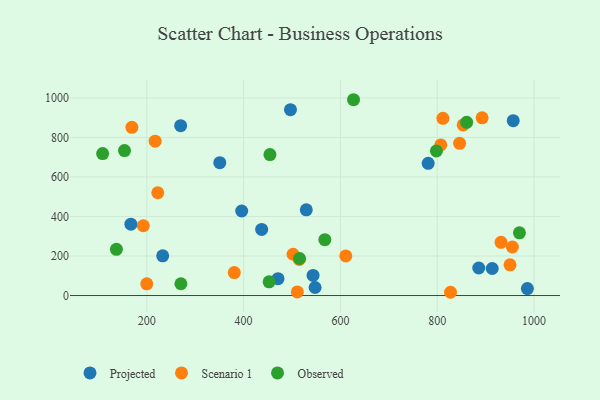
{"axis": {"x": "Speed", "y": "Demand"}, "legend": ["Observed", "Projected", "Scenario 1"], "data": [{"x": "232.9", "y": 200.9, "type": "Projected"}, {"x": "986.2", "y": 35.1, "type": "Projected"}, {"x": "350.8", "y": 672.4, "type": "Projected"}, {"x": "913.6", "y": 136.8, "type": "Projected"}, {"x": "270.0", "y": 859.5, "type": "Projected"}, {"x": "957.0", "y": 885.0, "type": "Projected"}, {"x": "496.8", "y": 940.4, "type": "Projected"}, {"x": "547.7", "y": 40.6, "type": "Projected"}, {"x": "167.2", "y": 361.1, "type": "Projected"}, {"x": "437.3", "y": 334.7, "type": "Projected"}, {"x": "471.1", "y": 85.3, "type": "Projected"}, {"x": "396.1", "y": 427.6, "type": "Projected"}, {"x": "781.3", "y": 668.7, "type": "Projected"}, {"x": "543.5", "y": 101.6, "type": "Projected"}, {"x": "529.5", "y": 433.4, "type": "Projected"}, {"x": "885.8", "y": 139.2, "type": "Projected"}, {"x": "955.2", "y": 245.4, "type": "Scenario 1"}, {"x": "950.4", "y": 155.1, "type": "Scenario 1"}, {"x": "515.0", "y": 182.6, "type": "Scenario 1"}, {"x": "222.7", "y": 520.0, "type": "Scenario 1"}, {"x": "807.3", "y": 762.0, "type": "Scenario 1"}, {"x": "853.6", "y": 863.3, "type": "Scenario 1"}, {"x": "217.3", "y": 780.9, "type": "Scenario 1"}, {"x": "611.1", "y": 200.6, "type": "Scenario 1"}, {"x": "846.2", "y": 770.3, "type": "Scenario 1"}, {"x": "892.7", "y": 899.1, "type": "Scenario 1"}, {"x": "827.4", "y": 16.4, "type": "Scenario 1"}, {"x": "192.9", "y": 353.1, "type": "Scenario 1"}, {"x": "200.0", "y": 59.0, "type": "Scenario 1"}, {"x": "511.0", "y": 18.3, "type": "Scenario 1"}, {"x": "380.8", "y": 116.2, "type": "Scenario 1"}, {"x": "811.7", "y": 896.7, "type": "Scenario 1"}, {"x": "502.2", "y": 208.9, "type": "Scenario 1"}, {"x": "931.8", "y": 269.3, "type": "Scenario 1"}, {"x": "169.3", "y": 851.0, "type": "Scenario 1"}, {"x": "627.1", "y": 990.8, "type": "Observed"}, {"x": "108.8", "y": 718.5, "type": "Observed"}, {"x": "452.7", "y": 69.1, "type": "Observed"}, {"x": "860.8", "y": 876.5, "type": "Observed"}, {"x": "454.4", "y": 713.2, "type": "Observed"}, {"x": "798.3", "y": 731.6, "type": "Observed"}, {"x": "137.3", "y": 233.8, "type": "Observed"}, {"x": "515.5", "y": 187.4, "type": "Observed"}, {"x": "154.0", "y": 733.4, "type": "Observed"}, {"x": "969.8", "y": 317.2, "type": "Observed"}, {"x": "270.5", "y": 59.6, "type": "Observed"}, {"x": "567.8", "y": 282.6, "type": "Observed"}]}